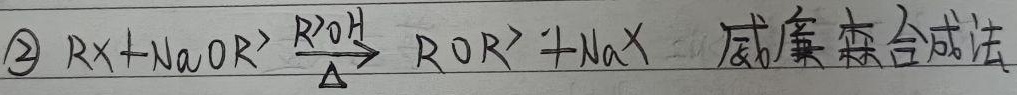
\(\textcircled{2}\) \(RX + NaOR'\xrightarrow[\text{R'OH}]{\Delta}ROR'+NaX\)  威廉森合成法